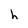
Character: h